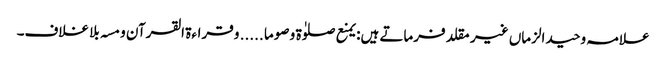
علامہ وحید الزماں غیر مقلد فرماتے ہیں: یمنع صلوٰۃ و صوما ..... و قراءۃ القرآن و مسہ بلا غلاف۔